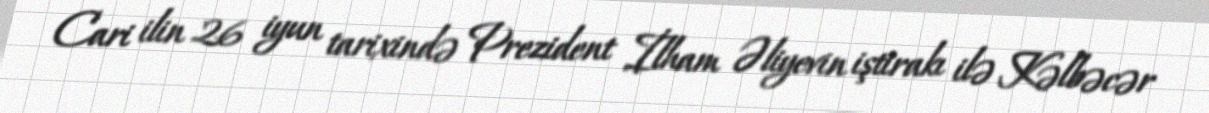
Cari ilin 26 iyun tarixində Prezident İlham Əliyevin iştirakı ilə Kəlbəcər